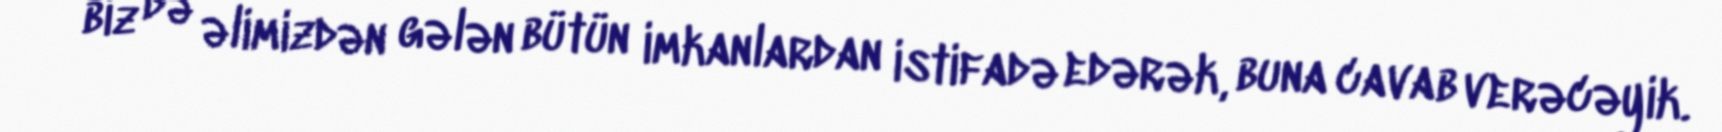
biz də əlimizdən gələn bütün imkanlardan istifadə edərək, buna cavab verəcəyik.